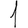
Digit: 1